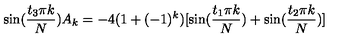
\sin ( \frac { t _ { 3 } \pi k } N ) A _ { k } = - 4 ( 1 + ( - 1 ) ^ { k } ) [ \sin ( \frac { t _ { 1 } \pi k } N ) + \sin ( \frac { t _ { 2 } \pi k } N ) ]